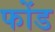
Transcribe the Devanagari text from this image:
फोंड